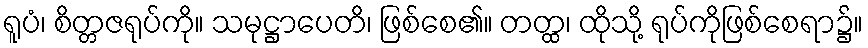
ရူပံ၊ စိတ္တဇရုပ်ကို။ သမုဋ္ဌာပေတိ၊ ဖြစ်စေ၏။ တတ္ထ၊ ထိုသို့ ရုပ်ကိုဖြစ်စေရာ၌။